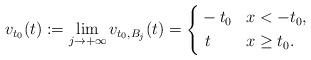
LaTeX: \begin{align*}v_{t_0}(t):=\lim_{j\to+\infty}v_{t_0,B_j}(t)=\left\{\begin{aligned}&-t_0 & & x<-t_0, \\&\ t & & x\ge t_0 .\end{aligned}\right.\end{align*}